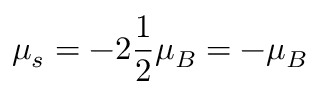
\mu _ { s } = - 2 \frac { 1 } { 2 } \mu _ { B } = - \mu _ { B }